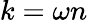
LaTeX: k=\omega n